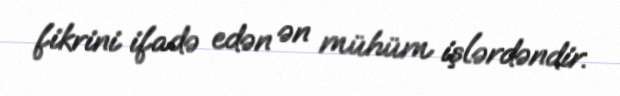
fikrini ifadə edən ən mühüm işlərdəndir.